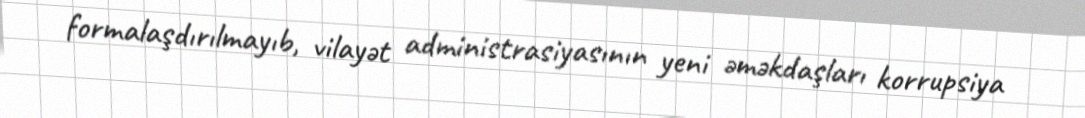
formalaşdırılmayıb, vilayət administrasiyasının yeni əməkdaşları korrupsiya